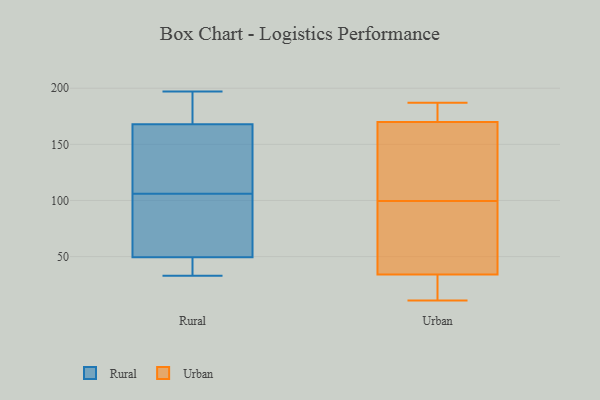
{"axis": {"x": "Satisfaction Score", "y": "Value"}, "legend": ["Rural", "Urban"], "data": [{"x": "", "y": 106, "type": "Rural"}, {"x": "", "y": 98, "type": "Rural"}, {"x": "", "y": 195, "type": "Rural"}, {"x": "", "y": 64, "type": "Rural"}, {"x": "", "y": 42, "type": "Rural"}, {"x": "", "y": 87, "type": "Rural"}, {"x": "", "y": 112, "type": "Rural"}, {"x": "", "y": 34, "type": "Rural"}, {"x": "", "y": 161, "type": "Rural"}, {"x": "", "y": 189, "type": "Rural"}, {"x": "", "y": 138, "type": "Rural"}, {"x": "", "y": 39, "type": "Rural"}, {"x": "", "y": 197, "type": "Rural"}, {"x": "", "y": 52, "type": "Rural"}, {"x": "", "y": 137, "type": "Rural"}, {"x": "", "y": 33, "type": "Rural"}, {"x": "", "y": 194, "type": "Rural"}, {"x": "", "y": 161, "type": "Urban"}, {"x": "", "y": 18, "type": "Urban"}, {"x": "", "y": 150, "type": "Urban"}, {"x": "", "y": 112, "type": "Urban"}, {"x": "", "y": 142, "type": "Urban"}, {"x": "", "y": 34, "type": "Urban"}, {"x": "", "y": 28, "type": "Urban"}, {"x": "", "y": 180, "type": "Urban"}, {"x": "", "y": 177, "type": "Urban"}, {"x": "", "y": 34, "type": "Urban"}, {"x": "", "y": 87, "type": "Urban"}, {"x": "", "y": 170, "type": "Urban"}, {"x": "", "y": 187, "type": "Urban"}, {"x": "", "y": 180, "type": "Urban"}, {"x": "", "y": 42, "type": "Urban"}, {"x": "", "y": 11, "type": "Urban"}, {"x": "", "y": 30, "type": "Urban"}, {"x": "", "y": 63, "type": "Urban"}]}